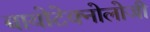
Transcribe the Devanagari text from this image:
बायोटेक्नोलोजी